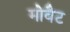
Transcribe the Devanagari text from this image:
मोवैट